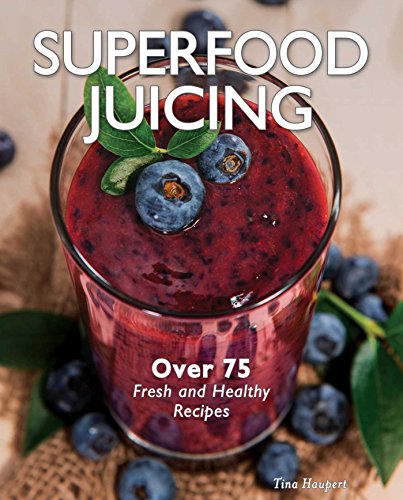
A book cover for Superfood Juicing; Tina Haupert; Cookbooks, Food & Wine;